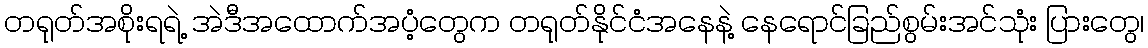
တရုတ်အစိုးရရဲ့ အဲဒီအထောက်အပံ့တွေက တရုတ်နိုင်ငံအနေနဲ့ နေရောင်ခြည်စွမ်းအင်သုံး ပြားတွေ၊